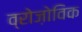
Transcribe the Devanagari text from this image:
व्रोज़ोविक